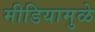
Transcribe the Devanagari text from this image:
मीडियामुळे